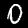
Label: 0